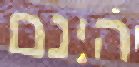
הינם